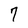
Character: 7